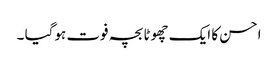
احسن کا ایک چھوٹا بچہ فوت ہوگیا ۔